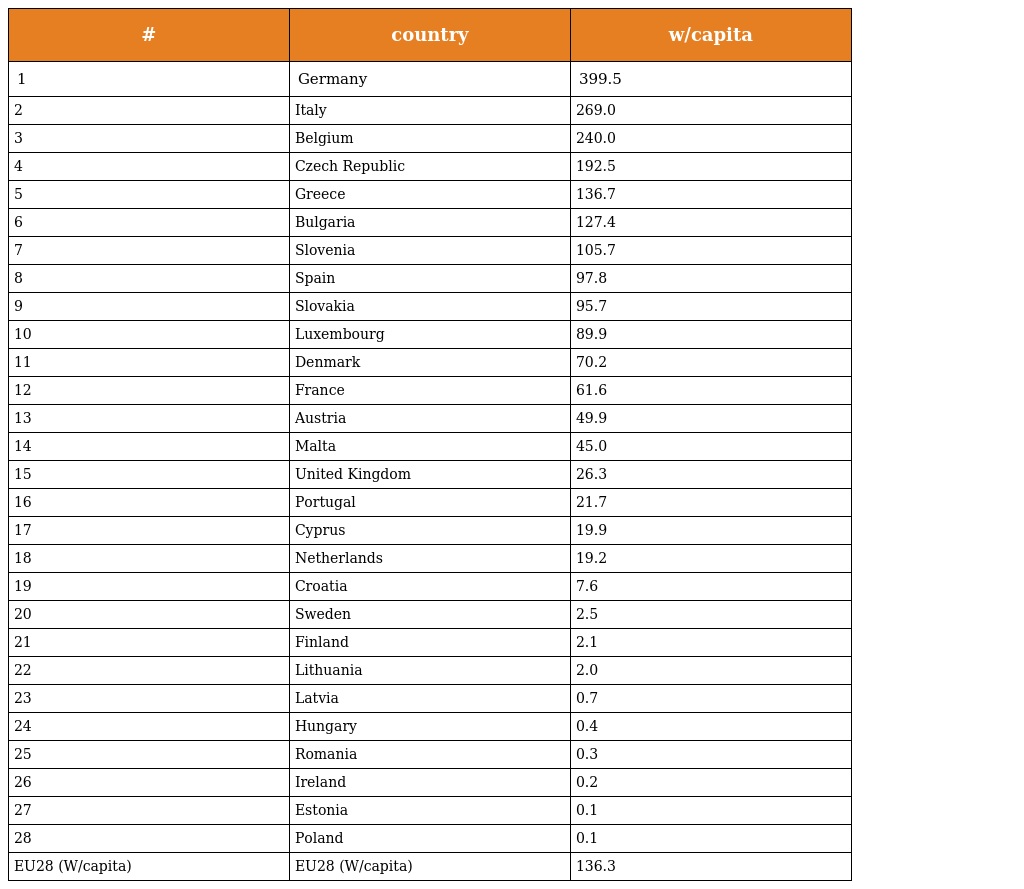
| # | country | w/capita |
 | --- | --- | --- |
 | 1 | Germany | 399.5 |
 | 2 | Italy | 269.0 |
 | 3 | Belgium | 240.0 |
 | 4 | Czech Republic | 192.5 |
 | 5 | Greece | 136.7 |
 | 6 | Bulgaria | 127.4 |
 | 7 | Slovenia | 105.7 |
 | 8 | Spain | 97.8 |
 | 9 | Slovakia | 95.7 |
 | 10 | Luxembourg | 89.9 |
 | 11 | Denmark | 70.2 |
 | 12 | France | 61.6 |
 | 13 | Austria | 49.9 |
 | 14 | Malta | 45.0 |
 | 15 | United Kingdom | 26.3 |
 | 16 | Portugal | 21.7 |
 | 17 | Cyprus | 19.9 |
 | 18 | Netherlands | 19.2 |
 | 19 | Croatia | 7.6 |
 | 20 | Sweden | 2.5 |
 | 21 | Finland | 2.1 |
 | 22 | Lithuania | 2.0 |
 | 23 | Latvia | 0.7 |
 | 24 | Hungary | 0.4 |
 | 25 | Romania | 0.3 |
 | 26 | Ireland | 0.2 |
 | 27 | Estonia | 0.1 |
 | 28 | Poland | 0.1 |
 | EU28 (W/capita) | EU28 (W/capita) | 136.3 |